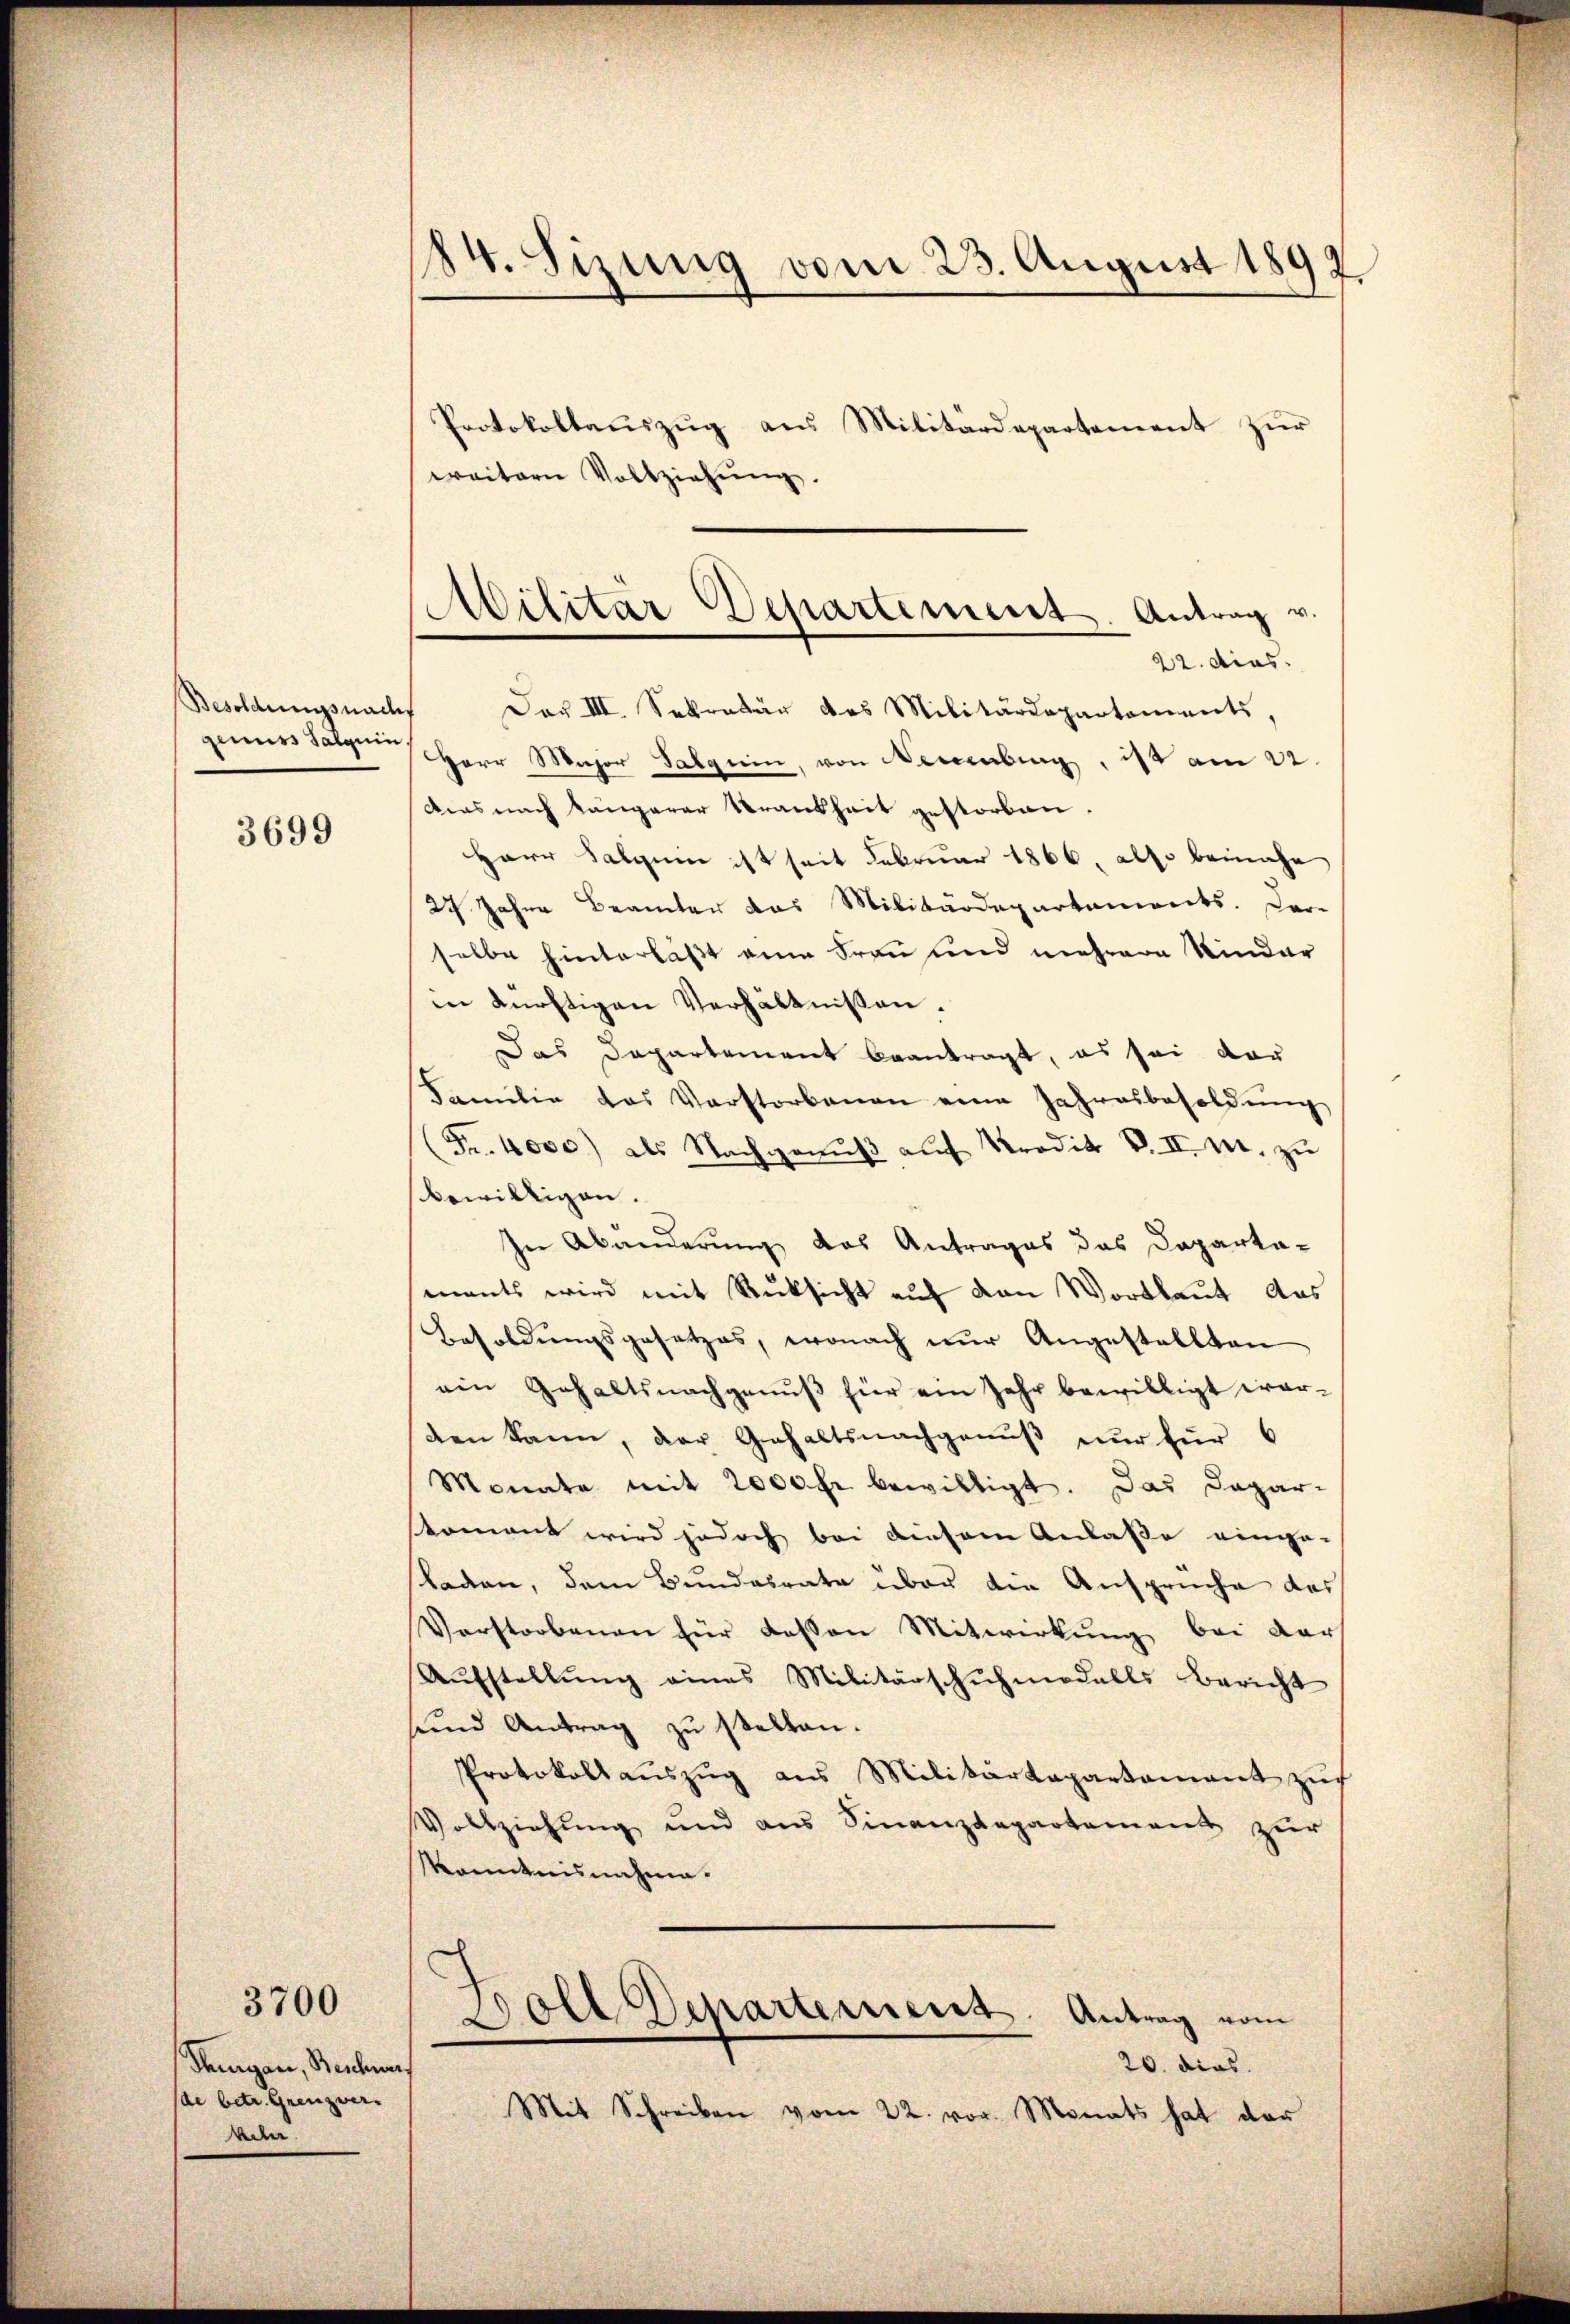
genuss Salquin

3699

Thurgau, Beschwer
(de betr. Grenzver-
kele

3700

84. Sizung vom 23. August 1897

Protokollauszug aus Militärdepartement zur
weitern Vollziehŭng.
Besoldungsnach Der III. Sekretär des Militärdepartements,
HHerr Major Salgrin, von Neuenburg, ist am 22.
Dies nach längerer Krankheit gestorben.
Herr Salquin ist seit Februar 1866, also beinahe
27 Jahre Beamter das Militärdepartements. Dar-
selbe hinterlässt eine Frau und mehrere Kinder
in dürftigen Verhältnissen.
Das Departement beantragt, es sei dar
Familie das Verstorbenen eine Jahresbesoldŭng
(Fr. 4000) als Nachgenŭβ aŭf Prodik V. II. M. zŭ
bewilligen.
In Abänderung das Antrages das Departaments wird mit Rüksicht auf den Wortlaut Aus
Besoldungsgesetzes, wonach nur Angestellten
ein Gehaltsnachgenŭβ für ein Jahr bewilligt war-
den kann, der Gehaltsnachgenuß nur für 6
Monate mit 2000fr. bewilligt. Das Dapar-
omant wird jedoch bei diesem Anlaße einge-
laden, dem Bundesrate über die Ansprüche des
Verstorbenen für dessen Mitwirkung bei der
Aufstellung eines Militärschuhmodalls Bericht
und Antrag zu stellen.
Protokoll aŭszŭg aŭs Militärdepartamant zŭ
Vollziehung und aus Finanzdepartement zur
kanntnisnahme.
Doll Departement. Antrag vom
20. dies
Mit Schreiben vom 22. vor. Monats hat der

Militar Departement. Antrag v.
22. dies